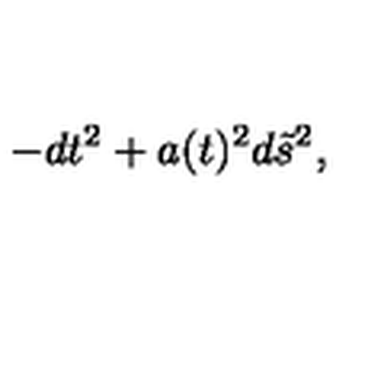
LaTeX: - d t ^ { 2 } + a ( t ) ^ { 2 } d \tilde { s } ^ { 2 } ,